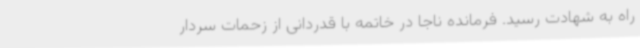
راه به شهادت رسید. فرمانده ناجا در خاتمه با قدردانی از زحمات سردار